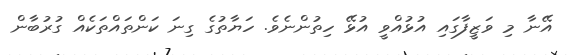
އޭނާ މި ވަޒީފާގައި އުޅުއްވީ އުޅޭ ހިތުންނެވެ. ހަޔާތުގެ ގިނަ ކަންތައްތަކެއް ގުރުބާން